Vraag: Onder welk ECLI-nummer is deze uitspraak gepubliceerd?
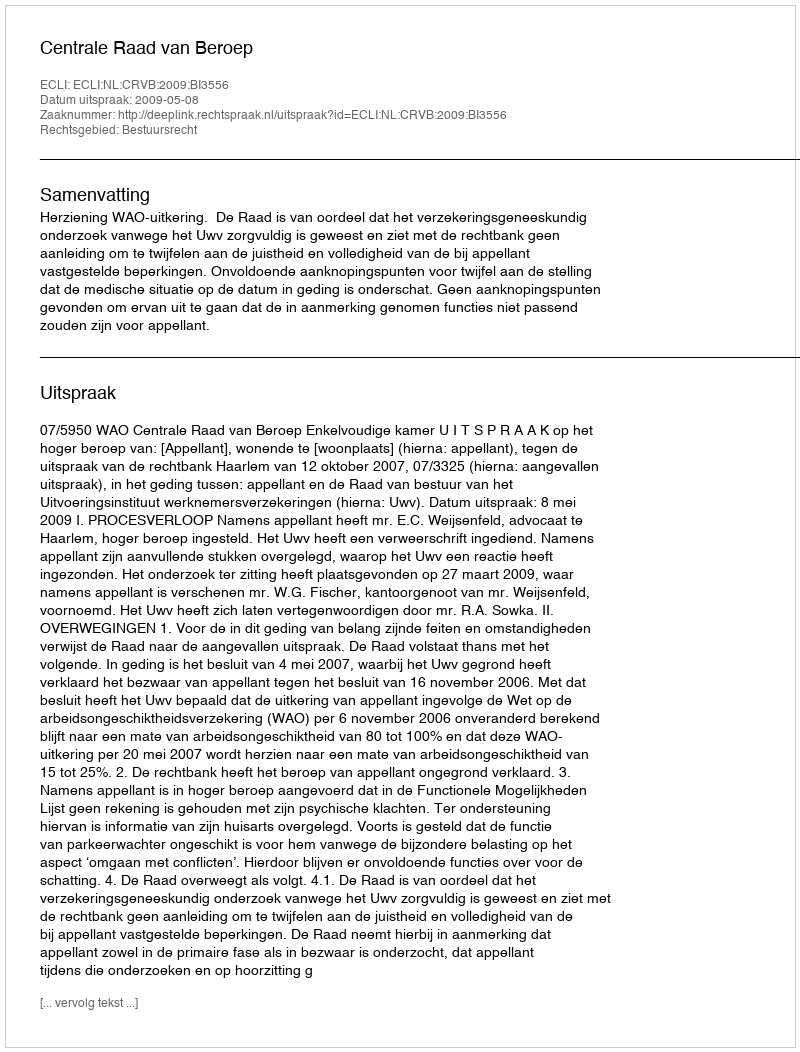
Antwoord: ECLI:NL:CRVB:2009:BI3556